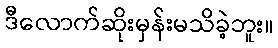
ဒီလောက်ဆိုးမှန်းမသိခဲ့ဘူး။